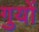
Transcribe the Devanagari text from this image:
गुयों